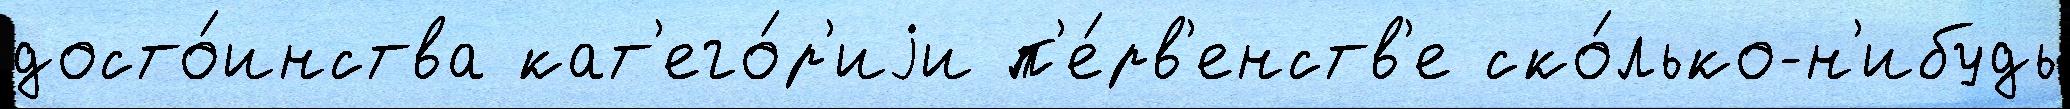
досто́инства кат'его́р'иjи п'е́рв'енств'е ско́лько-н'ибудь